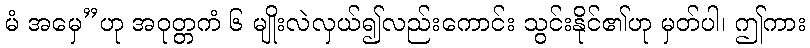
မံ အမှေ”ဟု အဝုတ္တကံ ၆ မျိုးလဲလှယ်၍လည်းကောင်း သွင်းနိုင်၏ဟု မှတ်ပါ၊ ဤကား